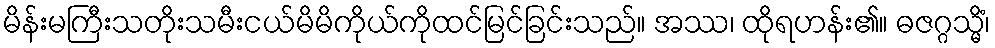
မိန်းမကြီးသတိုးသမီးငယ်မိမိကိုယ်ကိုထင်မြင်ခြင်းသည်။ အဿ၊ ထိုရဟန်း၏။ ဓဇဂ္ဂသ္မိံ၊